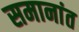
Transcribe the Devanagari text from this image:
समानांत